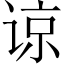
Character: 谅